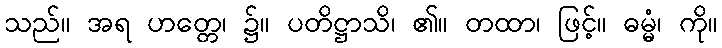
သည်။ အရ ဟတ္တေ၊ ၌။ ပတိဋ္ဌာသိ၊ ၏။ တထာ၊ ဖြင့်။ ဓမ္မံ၊ ကို။